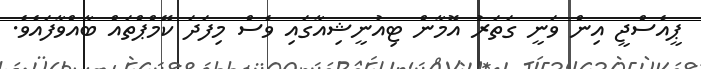
ޕީއެސްޖީ އިން ވަނީ ގަތަރު އޮމާން ޓިއުނީޝިއާގައި ވެސް މިފަދަ ކޭމްޕްތައް ބާއްވާފައެވެ.